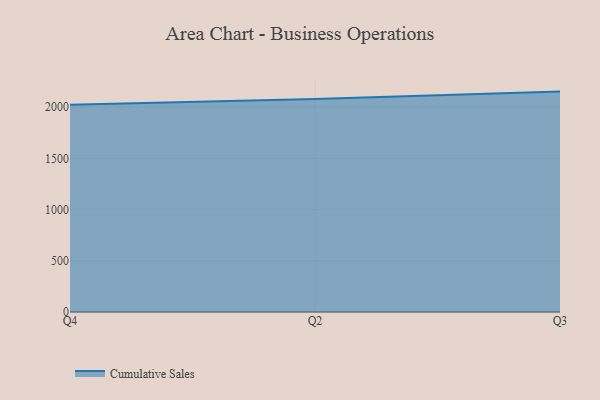
{"axis": {"x": "Quarter", "y": "Headcount"}, "legend": ["Cumulative Sales"], "data": [{"x": "Q4", "y": 2023.2, "type": "Cumulative Sales"}, {"x": "Q2", "y": 2078.9, "type": "Cumulative Sales"}, {"x": "Q3", "y": 2150.9, "type": "Cumulative Sales"}]}